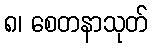
၈၊ စေတနာသုတ်